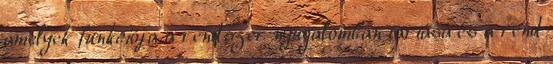
amelyek funkciója a rendszer nyugalomban tartása és a rend